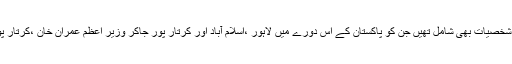
اس صحافی جتھے میں راج دیپ سر ڈیسائی ،سوہاسنی حیدر اور برکھا دت جیسی کہنہ مشق شخصیات بھی شامل تھیں جن کو پاکستان کے اس دورے میں لاہور ،اسلام آباد اور کرتار پور جاکر وزیر اعظم عمران خان ،کرتار پور زیارت کے لئے پہنچے یاتریوں اور پاکستانی پبلک سے تبادلہ خیال کا بھرپور موقع ملا ۔